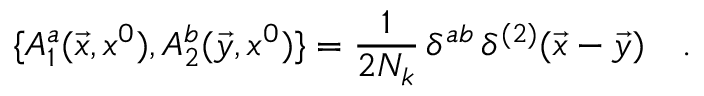
\{ A _ { 1 } ^ { a } ( \vec { x } , x ^ { 0 } ) , A _ { 2 } ^ { b } ( \vec { y } , x ^ { 0 } ) \} = \frac { 1 } { 2 N _ { k } } \, \delta ^ { a b } \, \delta ^ { ( 2 ) } ( \vec { x } - \vec { y } ) \ \ \ .